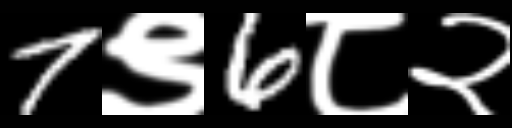
Text: 7९6८२